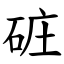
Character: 䂯